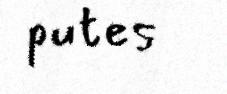
putes